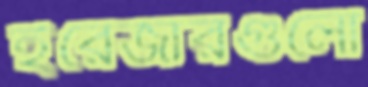
ইরেজারগুলো